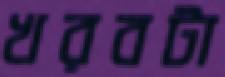
খরবটা